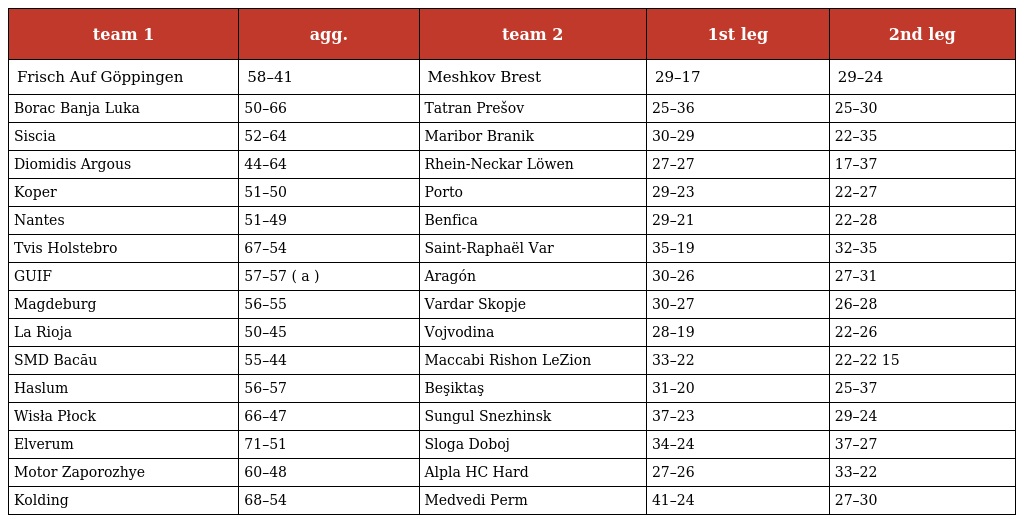
| team 1 | agg. | team 2 | 1st leg | 2nd leg |
 | --- | --- | --- | --- | --- |
 | Frisch Auf Göppingen | 58–41 | Meshkov Brest | 29–17 | 29–24 |
 | Borac Banja Luka | 50–66 | Tatran Prešov | 25–36 | 25–30 |
 | Siscia | 52–64 | Maribor Branik | 30–29 | 22–35 |
 | Diomidis Argous | 44–64 | Rhein-Neckar Löwen | 27–27 | 17–37 |
 | Koper | 51–50 | Porto | 29–23 | 22–27 |
 | Nantes | 51–49 | Benfica | 29–21 | 22–28 |
 | Tvis Holstebro | 67–54 | Saint-Raphaël Var | 35–19 | 32–35 |
 | GUIF | 57–57 ( a ) | Aragón | 30–26 | 27–31 |
 | Magdeburg | 56–55 | Vardar Skopje | 30–27 | 26–28 |
 | La Rioja | 50–45 | Vojvodina | 28–19 | 22–26 |
 | SMD Bacău | 55–44 | Maccabi Rishon LeZion | 33–22 | 22–22 15 |
 | Haslum | 56–57 | Beşiktaş | 31–20 | 25–37 |
 | Wisła Płock | 66–47 | Sungul Snezhinsk | 37–23 | 29–24 |
 | Elverum | 71–51 | Sloga Doboj | 34–24 | 37–27 |
 | Motor Zaporozhye | 60–48 | Alpla HC Hard | 27–26 | 33–22 |
 | Kolding | 68–54 | Medvedi Perm | 41–24 | 27–30 |